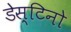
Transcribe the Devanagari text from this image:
डेस्टिनो